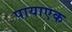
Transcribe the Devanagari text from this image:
पायाएक